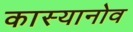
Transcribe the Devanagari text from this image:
कास्यानोव